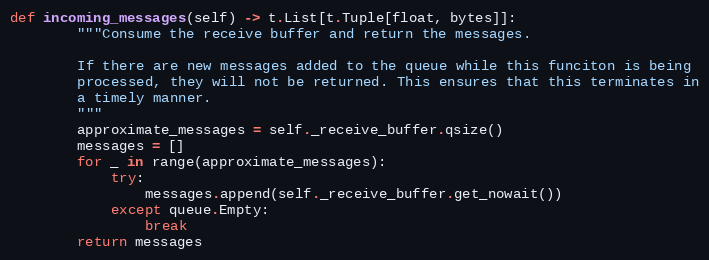
Language: Python
def incoming_messages(self) -> t.List[t.Tuple[float, bytes]]:
        """Consume the receive buffer and return the messages.

        If there are new messages added to the queue while this funciton is being
        processed, they will not be returned. This ensures that this terminates in
        a timely manner.
        """
        approximate_messages = self._receive_buffer.qsize()
        messages = []
        for _ in range(approximate_messages):
            try:
                messages.append(self._receive_buffer.get_nowait())
            except queue.Empty:
                break
        return messages